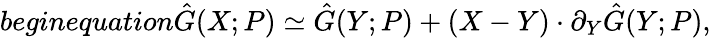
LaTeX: begin{equation}\hat{G}(X;P)\simeq\hat{G}(Y;P)+(X-Y)\cdot\partial_{Y}\hat{G}(Y;P),